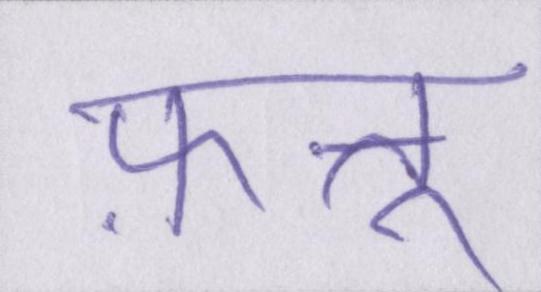
फ़त्तू